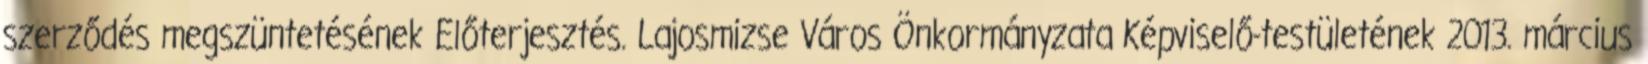
szerződés megszüntetésének Előterjesztés. Lajosmizse Város Önkormányzata Képviselő-testületének 2013. március